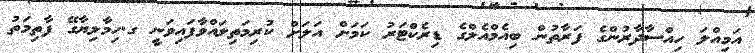
އަމިއްލަ ހިއްސާދާރުންގެ ފަރާތުން ބިއެމްއެލްގެ ޑިރެކްޓަރު ކަމަށް އަލަށް ކުރިމަތިލައްވާފައިވަނީ ގ.ހިމާލިޔާގޭ ފާތިމަތު